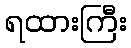
ရထားကြီး